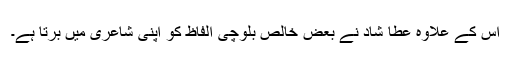
اس کے علاوہ عطا شاد نے بعض خالص بلوچی الفاظ کو اپنی شاعری میں برتا ہے۔